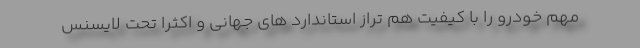
مهم خودرو را با کیفیت هم تراز استاندارد های جهانی و اكثراً تحت لایسنس